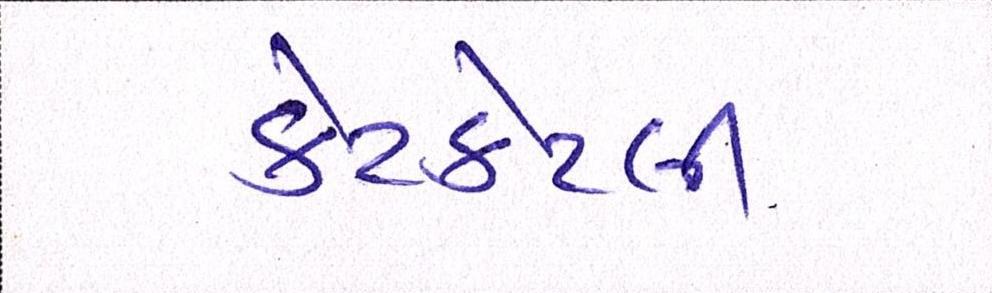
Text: કેટકેટલી